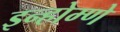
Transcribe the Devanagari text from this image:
इन्होम्णे